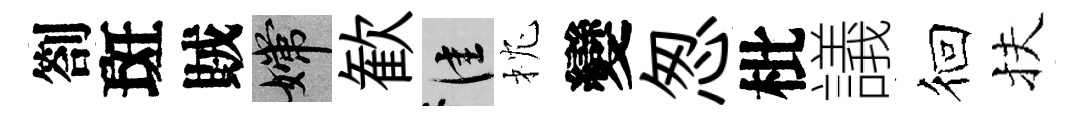
劄斑賊嫦歓佳枕變怱枇議徊扶